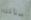
سنأكل